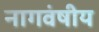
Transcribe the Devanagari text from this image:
नागवंषीय